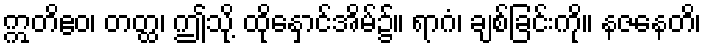
ဣတိဧဝ၊ တတ္ထ၊ ဤသို့ ထိုနှောင်အိမ်၌။ ရာဂံ၊ ချစ်ခြင်းကို။ နဇနေတိ၊